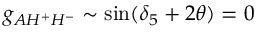
g _ { A H ^ { + } H ^ { - } } \sim \sin ( \delta _ { 5 } + 2 \theta ) = 0